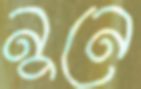
নুনে